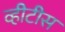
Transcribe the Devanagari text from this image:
व्हीटीस